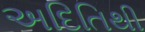
અદિતિથી